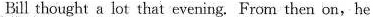
Bill thought a lot that evening. From then on,he